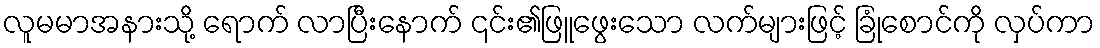
လူမမာအနားသို့ ရောက် လာပြီးနောက် ၎င်း၏ဖြူဖွေးသော လက်များဖြင့် ခြုံစောင်ကို လှပ်ကာ